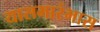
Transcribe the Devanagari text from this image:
यासमारंभास